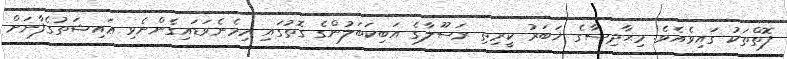
ފޮތްތަކު ގައިވެއެވެ. މިޙާދިސާގެ ޚަބަރު ކީރިތި ރަސޫލާގެ އަބިކަބަލުންގެ ގޮތުގައި ހިމެނެވަޑައިގެންނެވި ޢައިޝަތުގެފާނަށް